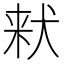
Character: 𪺽